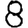
Digit: 8